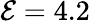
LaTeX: \mathcal{E}=4.2